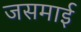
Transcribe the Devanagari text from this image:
जसमाई